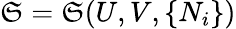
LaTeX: \mathfrak{S}=\mathfrak{S}(U,V,\{ N_{i}\} )